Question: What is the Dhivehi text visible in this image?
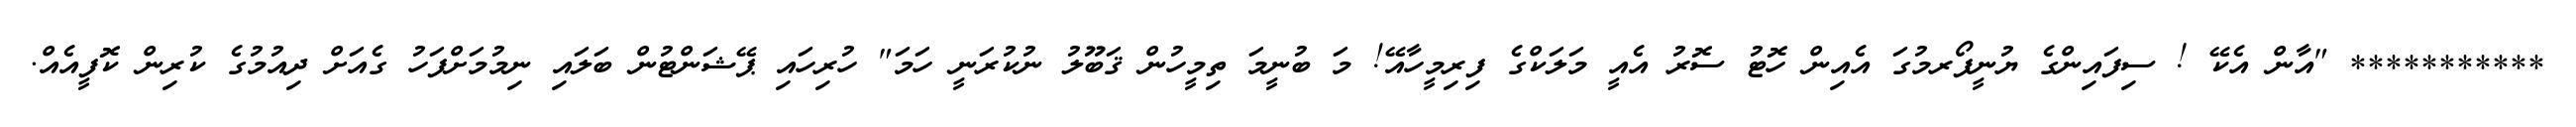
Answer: *********** "އާން އެކޭ ! ސިފައިންގެ ޔުނީފޯރމުގަ އެއިން ހޮޓު ސޮރު އެއީ މަލަކްގެ ފިރިމީހާއޭ! މަ ބުނީމަ ތިމީހުން ޤަބޫލު ނުކުރަނީ ހަމަ" ހުރިހައި ޕޭޝަންޓުން ބަލައި ނިމުމަށްފަހު ގެއަށް ދިއުމުގެ ކުރިން ކޮފީއެއް.